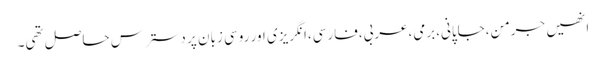
انھیں جرمن،جاپانی،برمی،عربی،فارسی،انگریزی اور روسی زبان پر دسترس حاصل تھی۔